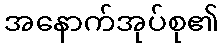
အနောက်အုပ်စု၏